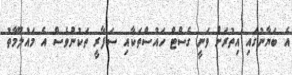
އެ ބަޔާނުގައި އިތުރަށް ވަނީ ގެސްޓް ހައުސްތަކާއި ސަފާރީ ތަކުންވެސް އެ މައުލޫމާތު